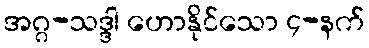
အဂ္ဂ-သဒ္ဒါ ဟောနိုင်သော ၄-နက်